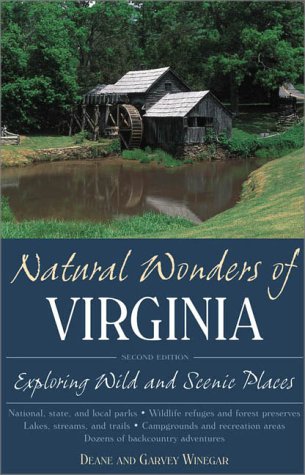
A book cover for Natural Wonders of Virginia: Exploring Wild and Scenic Places; Deane Winegar; Travel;